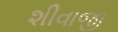
શીવાજી